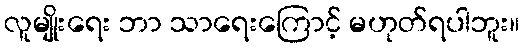
လူမျိုးရေး ဘာ သာရေးကြောင့် မဟုတ်ရပါဘူး။